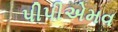
પીપીએમવ